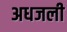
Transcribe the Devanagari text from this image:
अधजली